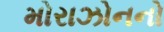
મોરાઝોનનો